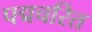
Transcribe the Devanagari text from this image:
पद्मचरित